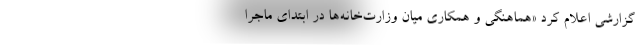
گزارشی اعلام کرد «هماهنگی و همکاری میان وزارت‌خانه‌ها در ابتدای ماجرا